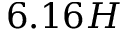
6 . 1 6 H